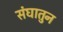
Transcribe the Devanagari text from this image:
संघातुन